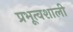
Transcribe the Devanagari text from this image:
प्रभूत्वशाली